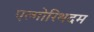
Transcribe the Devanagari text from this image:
एल्गोरिथदम